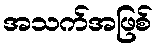
အသက်အဖြစ်